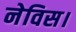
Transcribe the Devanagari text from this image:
नेविस।